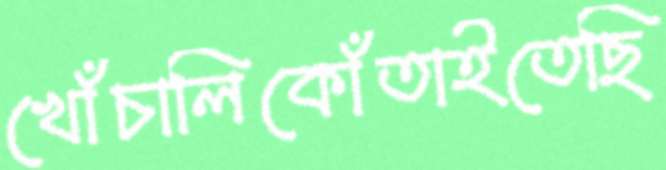
খোঁচালিকোঁতাইতেছি